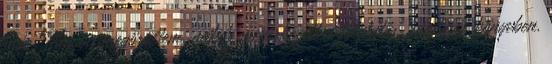
már. Nagyon megörültem, mikor megérkezett a folytatás, ráadásul könyvben.